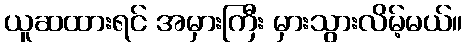
ယူဆထားရင် အမှားကြီး မှားသွားလိမ့်မယ်။